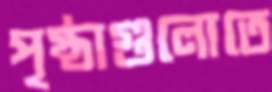
পৃষ্ঠাগুলোতে